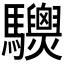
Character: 𩧙